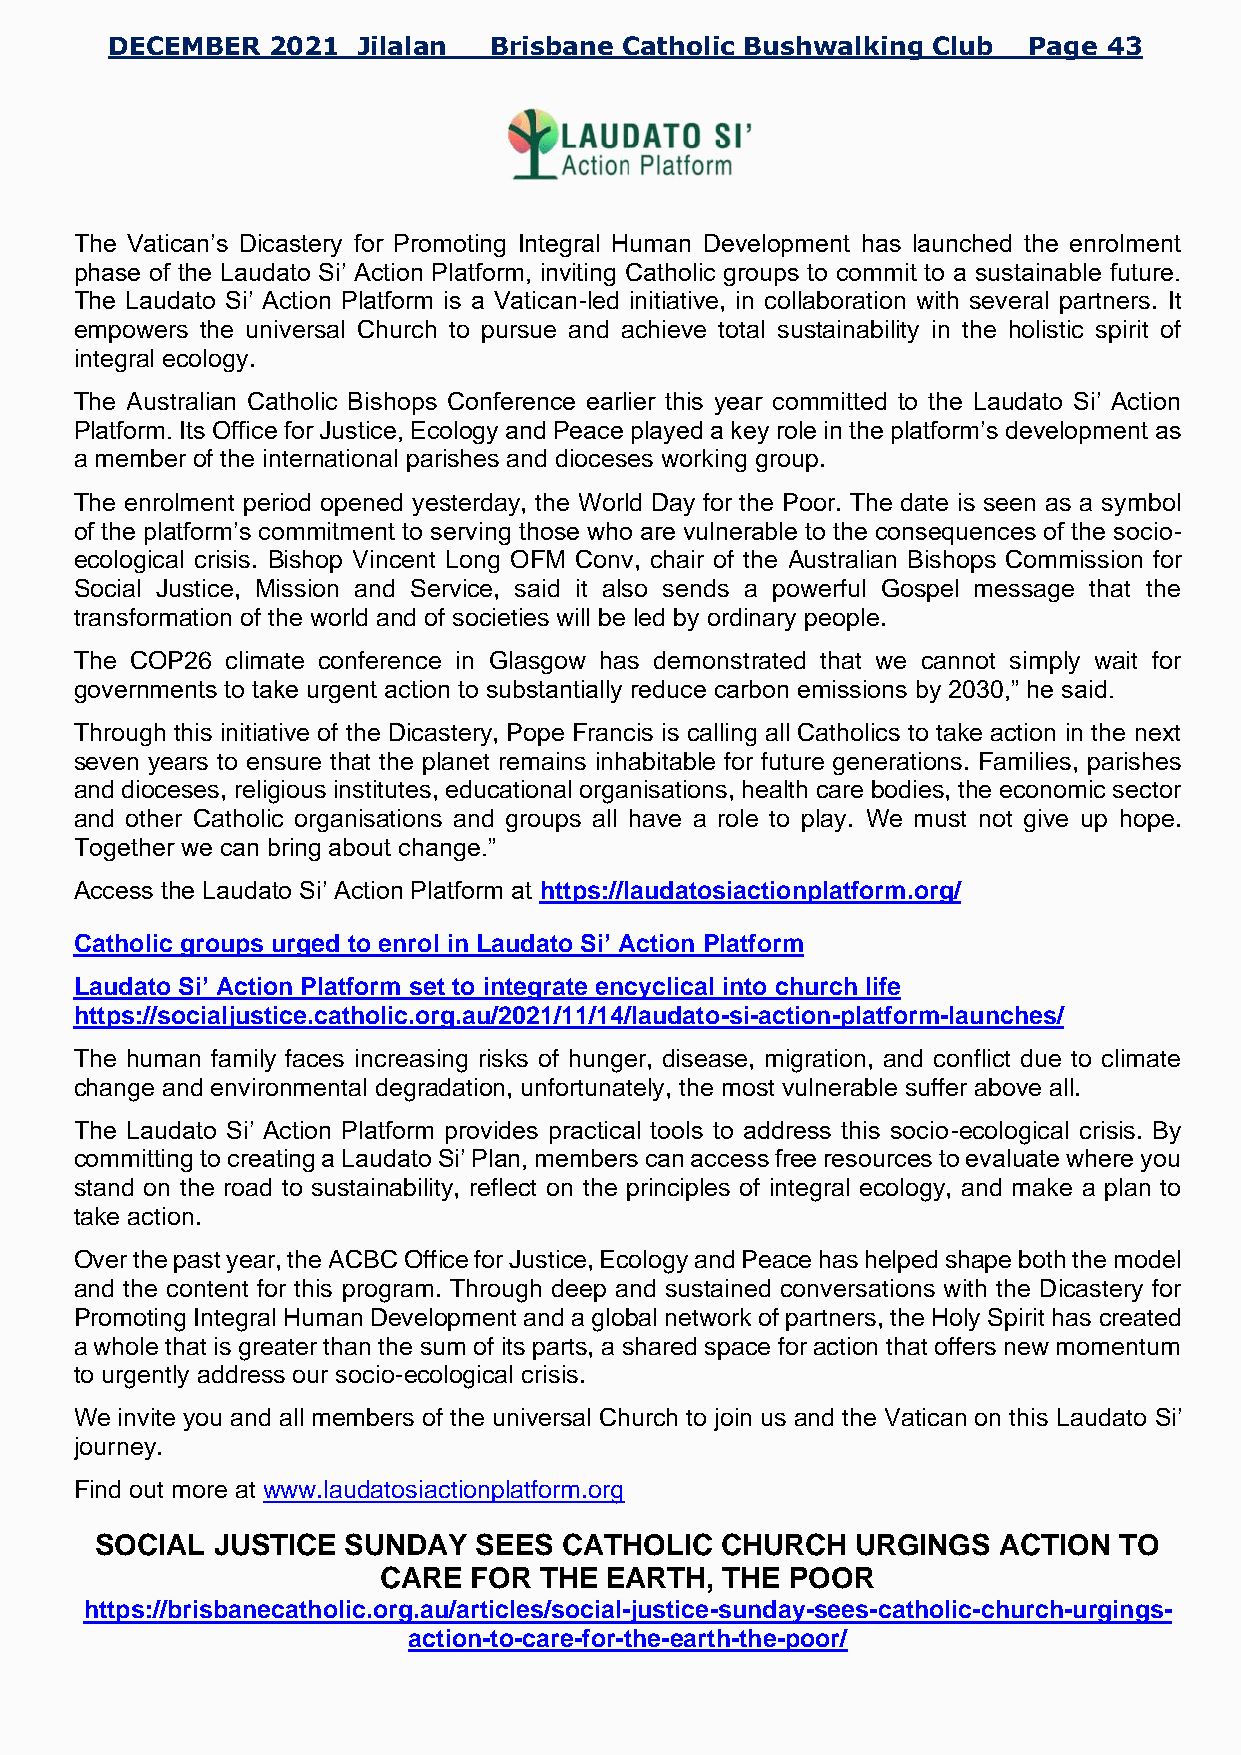
DECEMBER   2021  Jilalan Brisbane Catholic Bushwalking Club  Page 43
 The Vatican’s Dicastery for Promoting Integral Human Development has launched the enrolment
 phase of the Laudato Si’ Action Platform, inviting Catholic groups to commit to a sustainable future.
 The Laudato Si’ Action Platform is a Vatican-led initiative, in collaboration with several partners. It
 empowers the universal Church to pursue and achieve total sustainability in the holistic spirit of
 integral ecology.
 The Australian Catholic Bishops Conference earlier this year committed to the Laudato Si’ Action
 Platform. Its Office for Justice, Ecology and Peace played a key role in the platform’s development as
 a member of the international parishes and dioceses working group.
 The enrolment period opened yesterday, the World Day for the Poor. The date is seen as a symbol
 of the platform’s commitment to serving those who are vulnerable to the consequences of the socio-
 ecological crisis. Bishop Vincent Long OFM Conv, chair of the Australian Bishops Commission for
 Social Justice, Mission and Service, said it also sends a powerful Gospel message that the
 transformation of the world and of societies will be led by ordinary people.
 The COP26 climate conference in Glasgow has demonstrated that we cannot simply wait for
 governments to take urgent action to substantially reduce carbon emissions by 2030,” he said.
 Through this initiative of the Dicastery, Pope Francis is calling all Catholics to take action in the next
 seven years to ensure that the planet remains inhabitable for future generations. Families, parishes
 and dioceses, religious institutes, educational organisations, health care bodies, the economic sector
 and other Catholic organisations and groups all have a role to play. We must not give up hope.
 Together we can bring about change.”
 Access the Laudato Si’ Action Platform at https://laudatosiactionplatform.org/
 Catholic groups urged to enrol in Laudato Si’ Action Platform
 Laudato Si’ Action Platform set to integrate encyclical into church life
 https://socialjustice.catholic.org.au/2021/11/14/laudato-si-action-platform-launches/
 The human family faces increasing risks of hunger, disease, migration, and conflict due to climate
 change and environmental degradation, unfortunately, the most vulnerable suffer above all.
 The Laudato Si’ Action Platform provides practical tools to address this socio-ecological crisis. By
 committing to creating a Laudato Si’ Plan, members can access free resources to evaluate where you
 stand on the road to sustainability, reflect on the principles of integral ecology, and make a plan to
 take action.
 Over the past year, the ACBC Office for Justice, Ecology and Peace has helped shape both the model
 and the content for this program. Through deep and sustained conversations with the Dicastery for
 Promoting Integral Human Development and a global network of partners, the Holy Spirit has created
 a whole that is greater than the sum of its parts, a shared space for action that offers new momentum
 to urgently address our socio-ecological crisis.
 We invite you and all members of the universal Church to join us and the Vatican on this Laudato Si’
 journey.
 Find out more at www.laudatosiactionplatform.org
 SOCIAL  JUSTICE  SUNDAY  SEES  CATHOLIC   CHURCH   URGINGS  ACTION  TO
 CARE  FOR  THE EARTH,  THE POOR
 https://brisbanecatholic.org.au/articles/social-justice-sunday-sees-catholic-church-urgings-
 action-to-care-for-the-earth-the-poor/